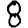
Digit: 8